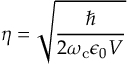
\eta = \sqrt { \frac { \hbar } { 2 \omega _ { \mathrm { c } } \epsilon _ { 0 } V } }